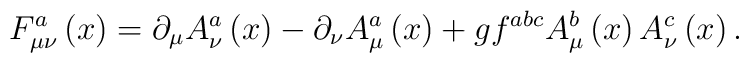
F_{\mu \nu }^a\left(x\right) =\partial _\mu A_\nu ^a\left(x\right) -\partial _\nu A_\mu ^a\left(x\right) +gf^{abc}A_\mu^b\left(x\right) A_\nu ^c\left(x\right).